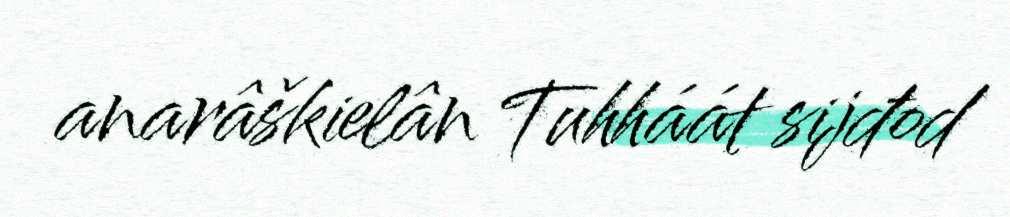
anarâškielân Tuhháát sijđod